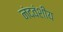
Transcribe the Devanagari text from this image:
नंदवंशीय